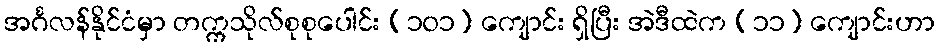
အင်္ဂလန်နိုင်ငံမှာ တက္ကသိုလ်စုစုပေါင်း (၁၀၁) ကျောင်း ရှိပြီး အဲဒီထဲက (၁၁) ကျောင်းဟာ